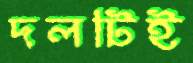
দলটিই